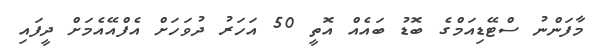
މާފަންނު ސްޓޭޑިއަމްގެ ބޮޑު ބައެއް އޮތީ 50 އަހަރު ދުވަހަށް އެފްއޭއެމަށް ދީފައި